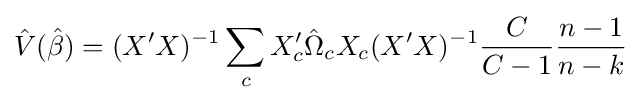
{\hat {V}}({\hat {\beta }})=(X'X)^{-1}\sum _{c}X'_{c}{\hat {\Omega }}_{c}X_{c}(X'X)^{-1}{\frac {C}{C-1}}{\frac {n-1}{n-k}}